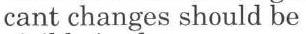
cant changes should be